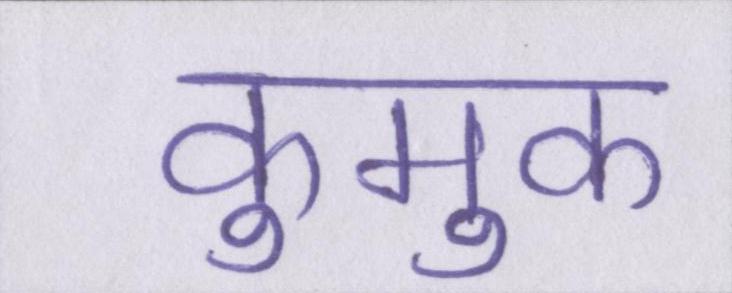
कुमुक